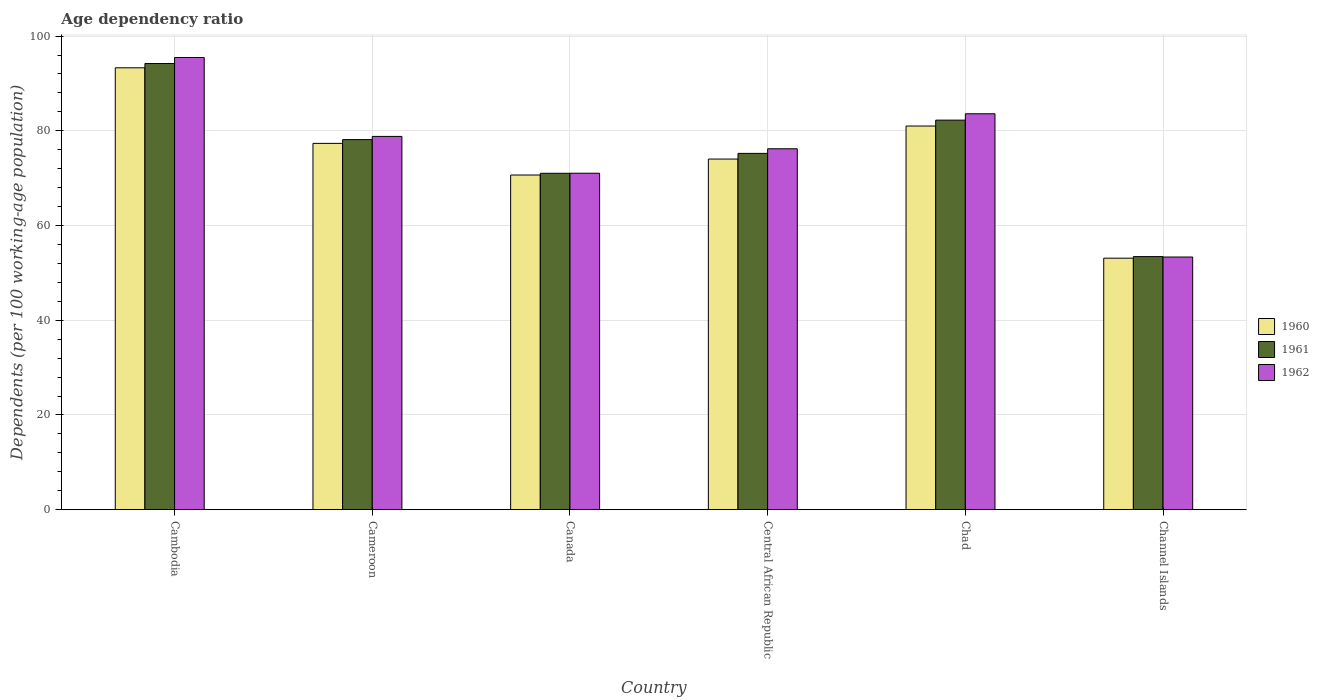
| Country | 1960 | 1961 | 1962 |
 | --- | --- | --- | --- |
 | Cambodia | 93.3 | 94.2 | 95.5 |
 | Cameroon | 77.3 | 78.1 | 78.8 |
 | Canada | 70.7 | 71 | 71 |
 | Central African Republic | 74 | 75.2 | 76.2 |
 | Chad | 81 | 82.3 | 83.6 |
 | Channel Islands | 53.1 | 53.4 | 53.3 |